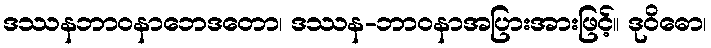
ဒဿနဘာဝနာဘေဒတော၊ ဒဿန-ဘာဝနာအပြားအားဖြင့်။ ဒုဝိဓော၊